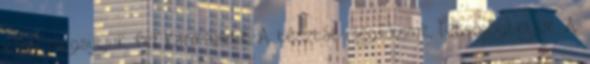
vagy megsütjük, fel karikázzuk. A tésztát megfőzzük, lecsöpögtetjük. A